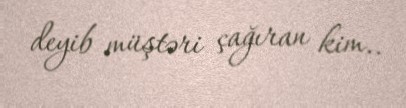
deyib müştəri çağıran kim..